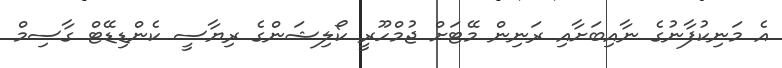
އެ މަނިކުފާނުގެ ނާއިބަށާއި ރަނިން މޭޓަށް ޖުމްހޫރީ ކޯލިޝަންގެ ރިޔާސީ ކެންޑިޑޭޓް ގާސިމް